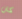
كان